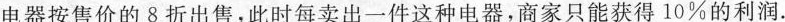
电器按售价的8折出售，此时每卖出一件这种电器，商家只能获得10%的利润。